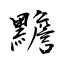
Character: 黵